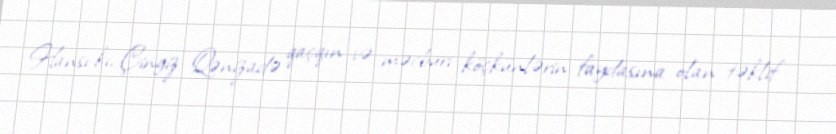
Hansı ki, Çingiz Qənizadə qaçqın və məcburi köçkünlərin faydasına olan təklif